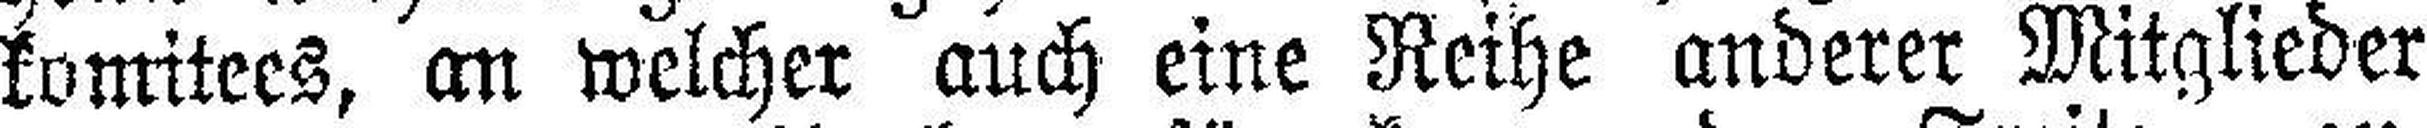
komitees, an welcher auch eine Reihe anderer Mitglieder